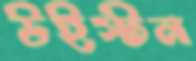
উইস্টন